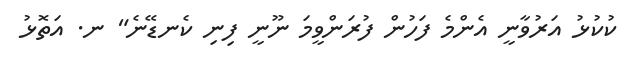
ކުކުޅު އަރުވާނީ އެންމެ ފަހުން ފުރަންވީމަ ނޫނީ ފިނި ކެނޑޭނެ" ނ. އަތޮޅު